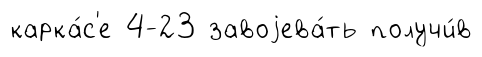
карка́с'е 4-23 завоjева́ть получи́в